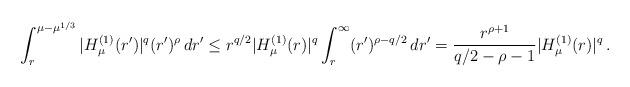
LaTeX: \begin{align*}\int_r^{\mu-\mu^{1/3}} |H^{(1)}_\mu(r')|^q (r')^\rho \,dr' \leq r^{q/2} |H^{(1)}_\mu(r)|^q \int_r^\infty (r')^{\rho-q/2} \,dr' = \frac{r^{\rho+1}}{q/2-\rho-1} |H^{(1)}_\mu(r)|^q \,.\end{align*}